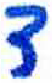
אות: ד